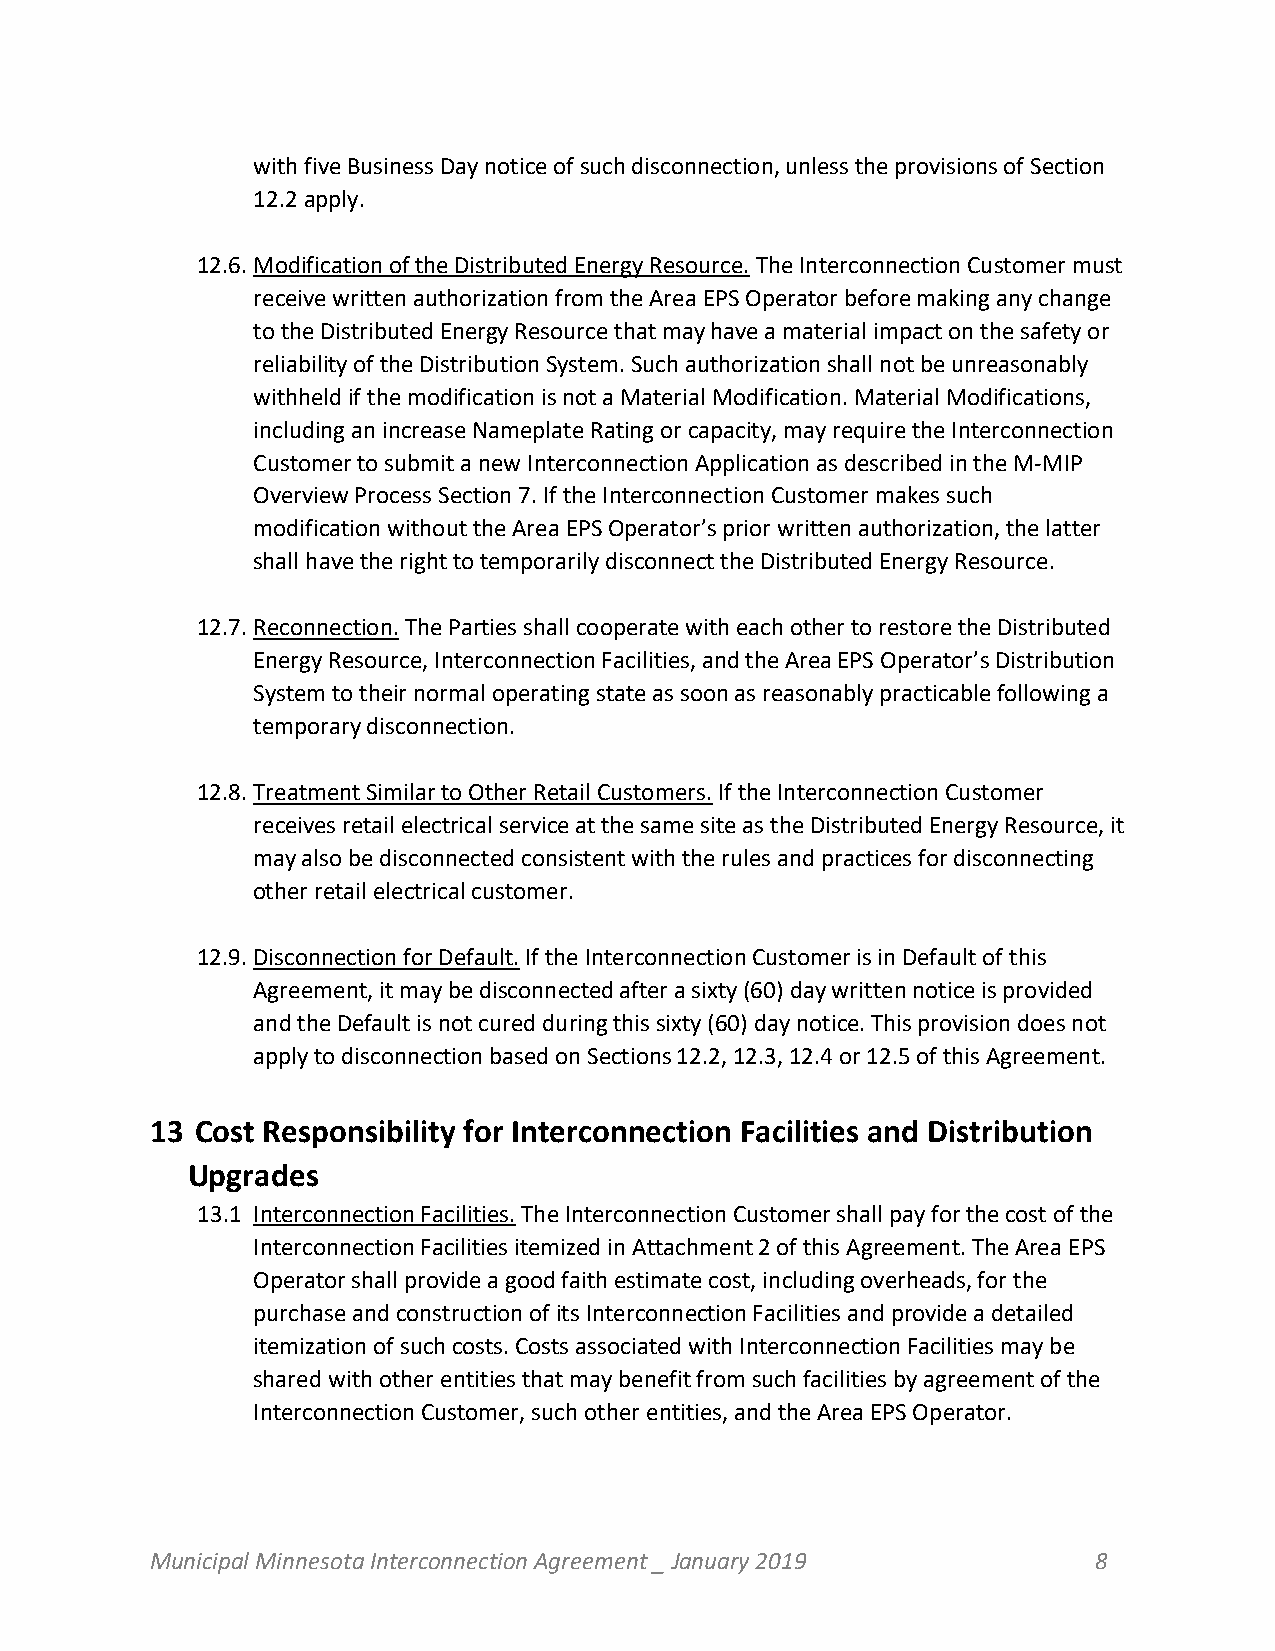
with five Business Day notice of such disconnection, unless the provisions of Section
 12.2 apply.
 12.6. Modification of the Distributed Energy Resource. The Interconnection Customer must
 receive written authorization from the Area EPS Operator before making any change
 to the Distributed Energy Resource that may have a material impact on the safety or
 reliability of the Distribution System. Such authorization shall not be unreasonably
 withheld if the modification is not a Material Modification. Material Modifications,
 including an increase Nameplate Rating or capacity, may require the Interconnection
 Customer to submit a new Interconnection Application as described in the M-MIP
 Overview Process Section 7. If the Interconnection Customer makes such
 modification without the Area EPS Operator’s prior written authorization, the latter
 shall have the right to temporarily disconnect the Distributed Energy Resource.
 12.7. Reconnection. The Parties shall cooperate with each other to restore the Distributed
 Energy Resource, Interconnection Facilities, and the Area EPS Operator’s Distribution
 System to their normal operating state as soon as reasonably practicable following a
 temporary disconnection.
 12.8. Treatment Similar to Other Retail Customers. If the Interconnection Customer
 receives retail electrical service at the same site as the Distributed Energy Resource, it
 may also be disconnected consistent with the rules and practices for disconnecting
 other retail electrical customer.
 12.9. Disconnection for Default. If the Interconnection Customer is in Default of this
 Agreement, it may be disconnected after a sixty (60) day written notice is provided
 and the Default is not cured during this sixty (60) day notice. This provision does not
 apply to disconnection based on Sections 12.2, 12.3, 12.4 or 12.5 of this Agreement.
 13 Cost Responsibility for Interconnection Facilities and Distribution
 Upgrades
 13.1 Interconnection Facilities. The Interconnection Customer shall pay for the cost of the
 Interconnection Facilities itemized in Attachment 2 of this Agreement. The Area EPS
 Operator shall provide a good faith estimate cost, including overheads, for the
 purchase and construction of its Interconnection Facilities and provide a detailed
 itemization of such costs. Costs associated with Interconnection Facilities may be
 shared with other entities that may benefit from such facilities by agreement of the
 Interconnection Customer, such other entities, and the Area EPS Operator.
 Municipal Minnesota Interconnection Agreement _ January 2019   8